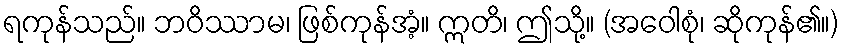
ရကုန်သည်။ ဘဝိဿာမ၊ ဖြစ်ကုန်အံ့။ ဣတိ၊ ဤသို့။ (အဝေါစုံ၊ ဆိုကုန်၏။)